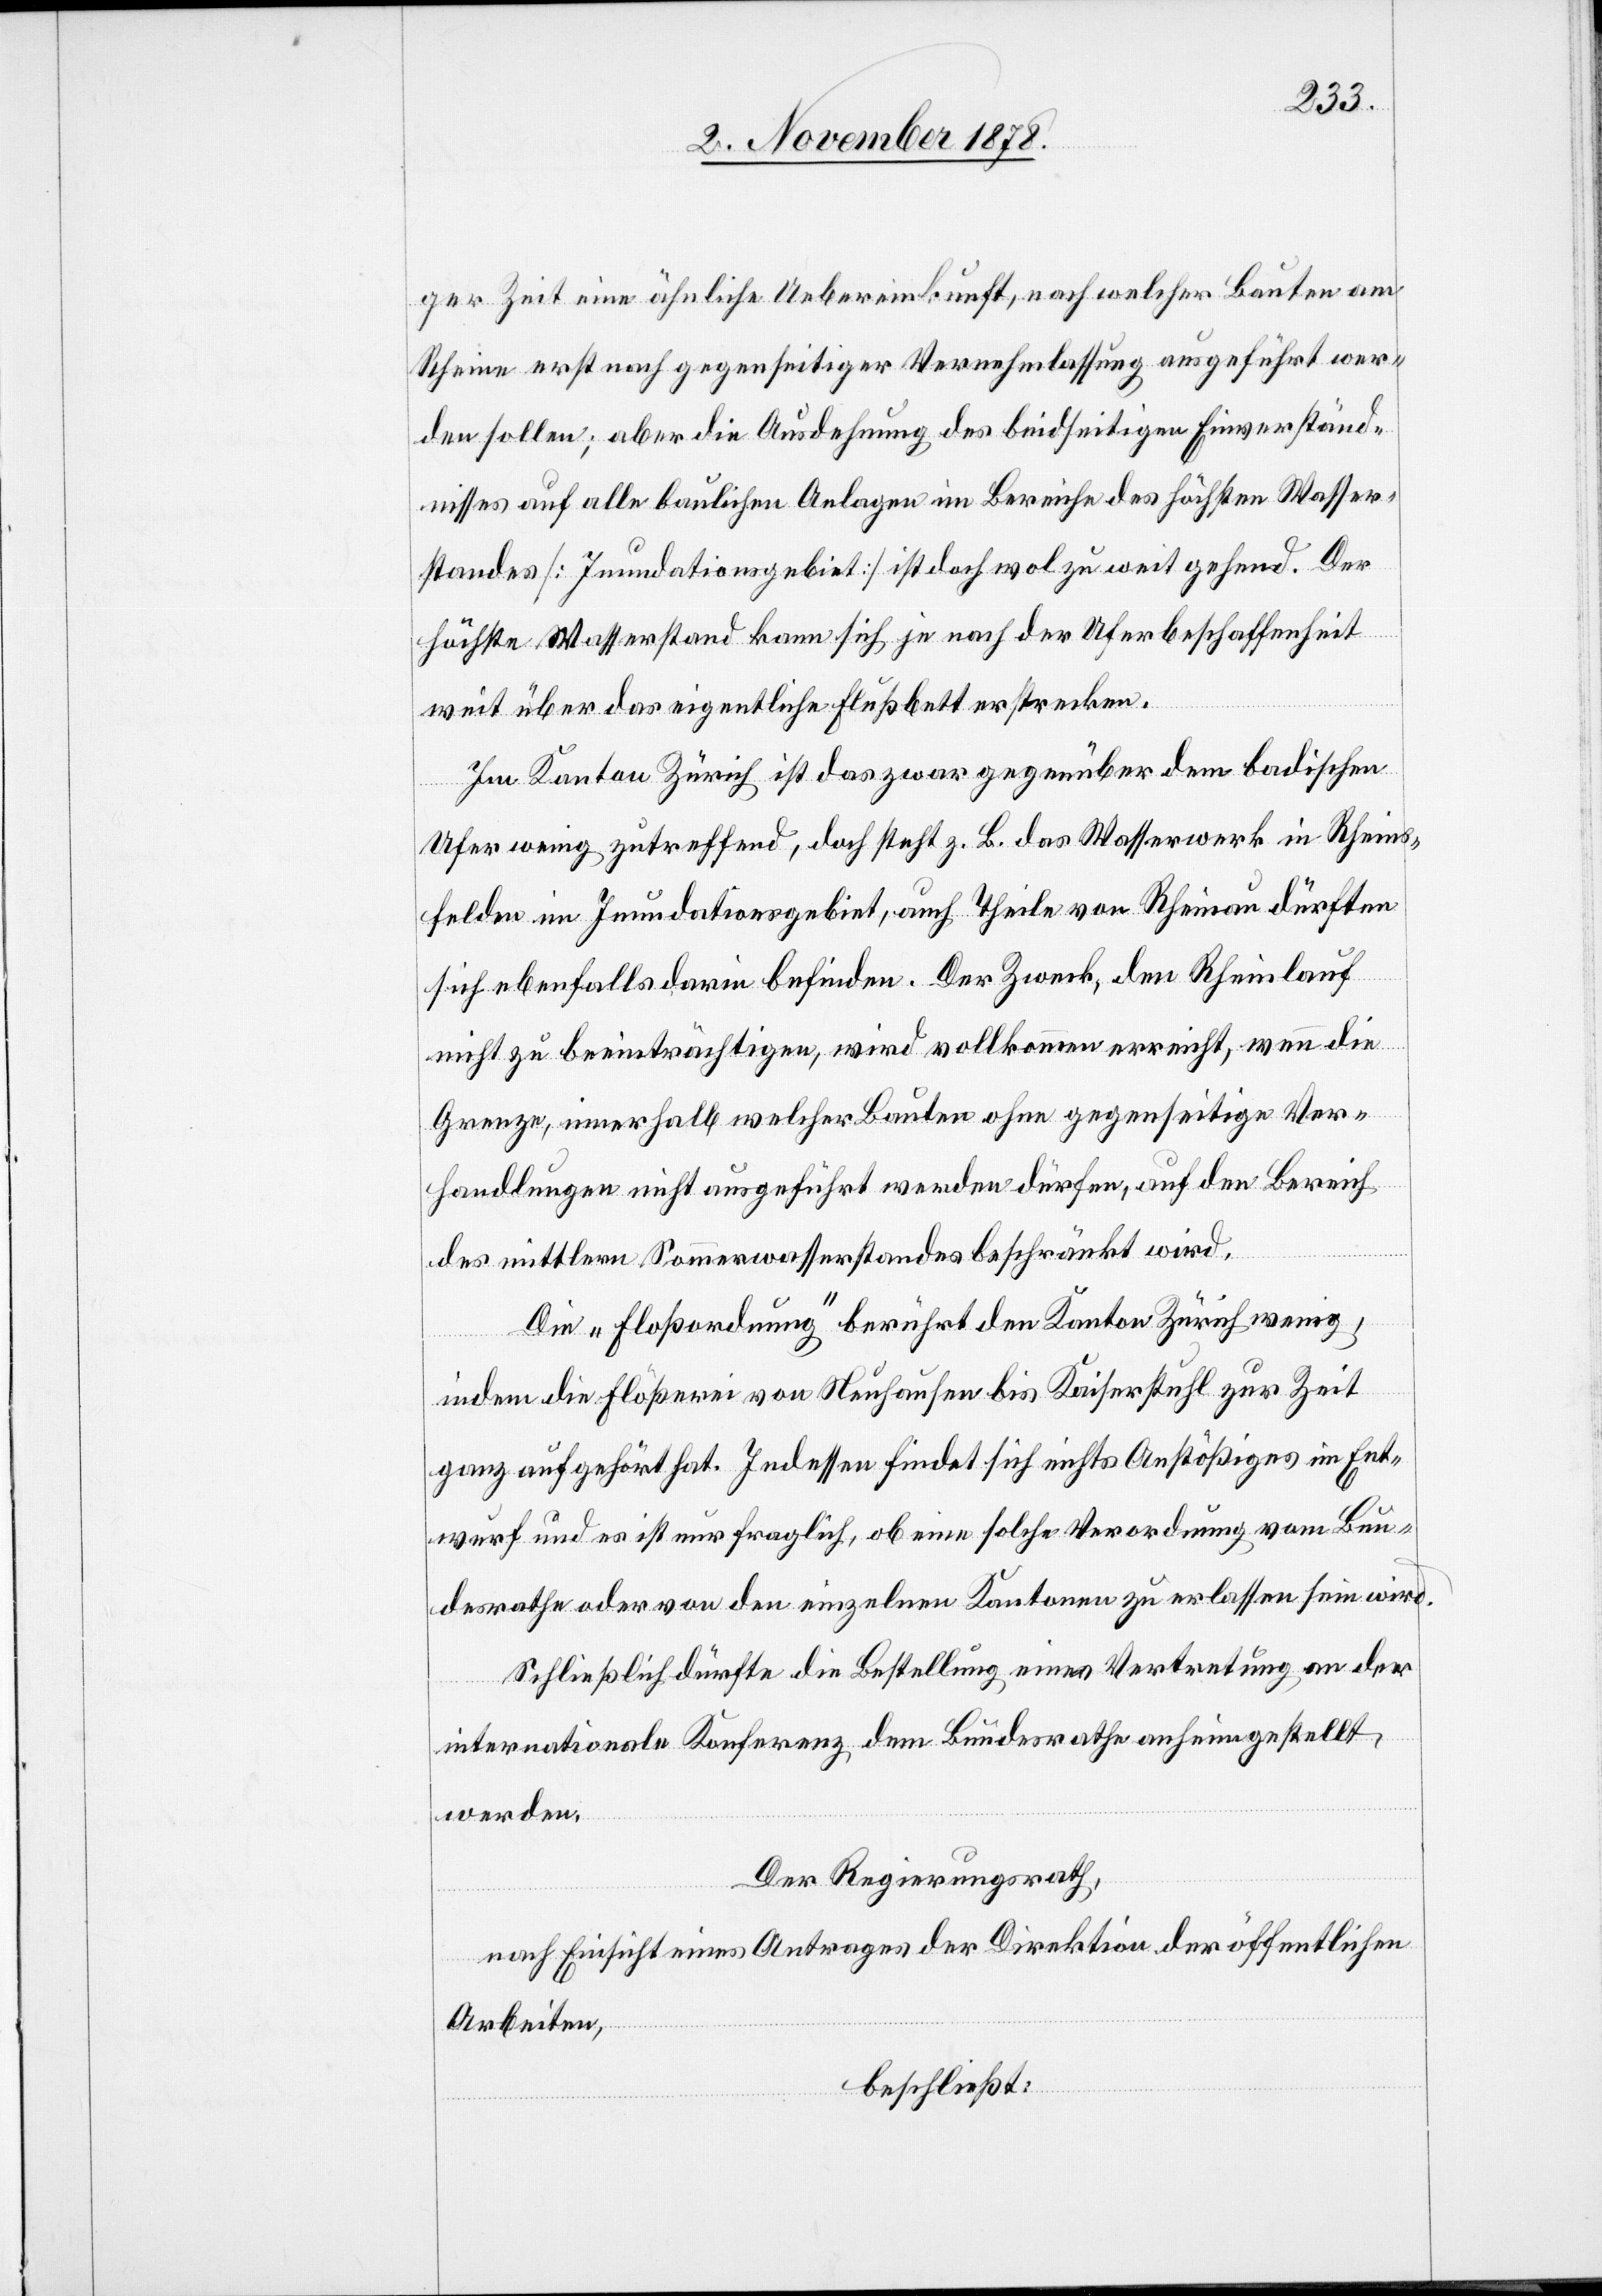
ger Zeit eine ähnliche Uebereinkunft, nach welcher Bauten am
Rhein erst nach gegenseitiger Vernehmlassung ausgeführt wer¬
den sollen; aber die Ausdehnung des beidseitigen Einverständ¬
nisses auf alle baulichen Anlagen im Bereiche des höchsten Wasser¬
standes [Inundationsgebiet] ist doch wol zu weit gehend. Der
höchste Wasserstand kann sich je nach der Uferbeschaffenheit
weit über das eigentliche Flussbett erstrecken.
Im Kanton Zürich ist das zwar gegenüber dem badischen
Ufer wenig zutreffend, doch steht z. B. das Wasserwerk in Rhein¬
felden im Inundationsgebiet, auch Theile von Rheinau dürften
sich ebenfalls darin befinden. Der Zweck, den Rheinlauf
nicht zu beeinträchtigen, wird vollkommen erreicht, wenn die
Grenze, innerhalb welcher Bauten ohne gegenseitige Ver¬
handlungen nicht ausgeführt werden dürfen, auf den Bereich
des mittlern Sommerwasserstandes beschränkt wird.
Die „Floßordnung“ berührt den Kanton Zürich wenig,
indem die Flößerei von Neuhausen bis Kaiserstuhl zur Zeit
ganz aufgehört hat. Indessen findet sich nichts Anstößiges im Ent¬
wurf und es ist nur fraglich, ob eine solche Verordnung vom Bun¬
desrathe oder von den einzelnen Kantonen zu erlassen sein wird.
Schließlich dürfte die Bestellung einer Vertretung an der
Internationale[n] Konferenz dem Bundesrathe anheimgestellt
werden.
Der Regierungsrath,
nach Einsicht eines Antrages der Direktion der öffentlichen
Arbeiten,
beschließt: